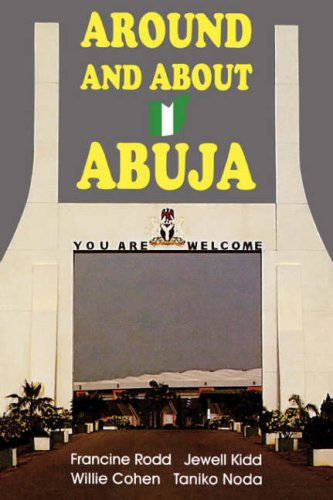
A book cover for Around and about Abuja; Francine Rodd; Travel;